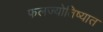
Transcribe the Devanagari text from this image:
फलज्योतिष्यात